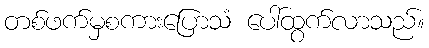
တစ်ဖက်မှစကားပြောသံ ပေါ်ထွက်လာသည်။